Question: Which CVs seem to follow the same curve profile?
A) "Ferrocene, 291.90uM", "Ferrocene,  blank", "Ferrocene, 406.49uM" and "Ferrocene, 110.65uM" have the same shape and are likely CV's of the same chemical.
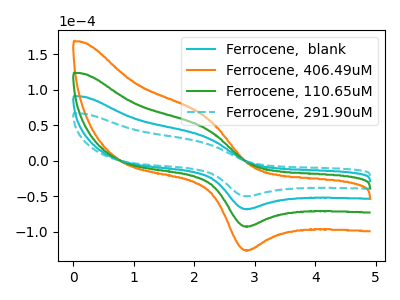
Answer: <think>The cyan curve "Ferrocene,  blank" has an anodic peak at (2.20V, 33.20uA) and a cathodic peak at (2.90V, -68.15uA). The orange curve "Ferrocene, 406.49uM" has an anodic peak at (2.20V, 99.55uA) and a cathodic peak at (2.90V, -204.40uA). The green curve "Ferrocene, 110.65uM" has an anodic peak at (2.20V, 66.35uA) and a cathodic peak at (2.90V, -136.25uA). The cyan dashed curve "Ferrocene, 291.90uM" has an anodic peak at (2.20V, 24.40uA) and a cathodic peak at (2.90V, -50.05uA).
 All the peaks in "Ferrocene,  blank" have a peak in "Ferrocene, 406.49uM" at the same potential. Every peak in "Ferrocene,  blank" is lower than every peak in "Ferrocene, 406.49uM". All the peaks in "Ferrocene,  blank" have a peak in "Ferrocene, 110.65uM" at the same potential. Every peak in "Ferrocene,  blank" is lower than every peak in "Ferrocene, 110.65uM". All the peaks in "Ferrocene,  blank" have a peak in "Ferrocene, 291.90uM" at the same potential. Every peak in "Ferrocene,  blank" is higher than every peak in "Ferrocene, 291.90uM". All the peaks in "Ferrocene, 406.49uM" have a peak in "Ferrocene, 110.65uM" at the same potential. Every peak in "Ferrocene, 406.49uM" is higher than every peak in "Ferrocene, 110.65uM". All the peaks in "Ferrocene, 406.49uM" have a peak in "Ferrocene, 291.90uM" at the same potential. Every peak in "Ferrocene, 406.49uM" is higher than every peak in "Ferrocene, 291.90uM". All the peaks in "Ferrocene, 110.65uM" have a peak in "Ferrocene, 291.90uM" at the same potential. Every peak in "Ferrocene, 110.65uM" is higher than every peak in "Ferrocene, 291.90uM".</think>
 <answer>A) "Ferrocene, 291.90uM", "Ferrocene,  blank", "Ferrocene, 406.49uM" and "Ferrocene, 110.65uM" have the same shape and are likely CV's of the same chemical.</answer>
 <eval>A</eval>